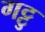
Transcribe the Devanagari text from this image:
गट्टु